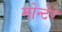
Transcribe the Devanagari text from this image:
मोन्टेरे